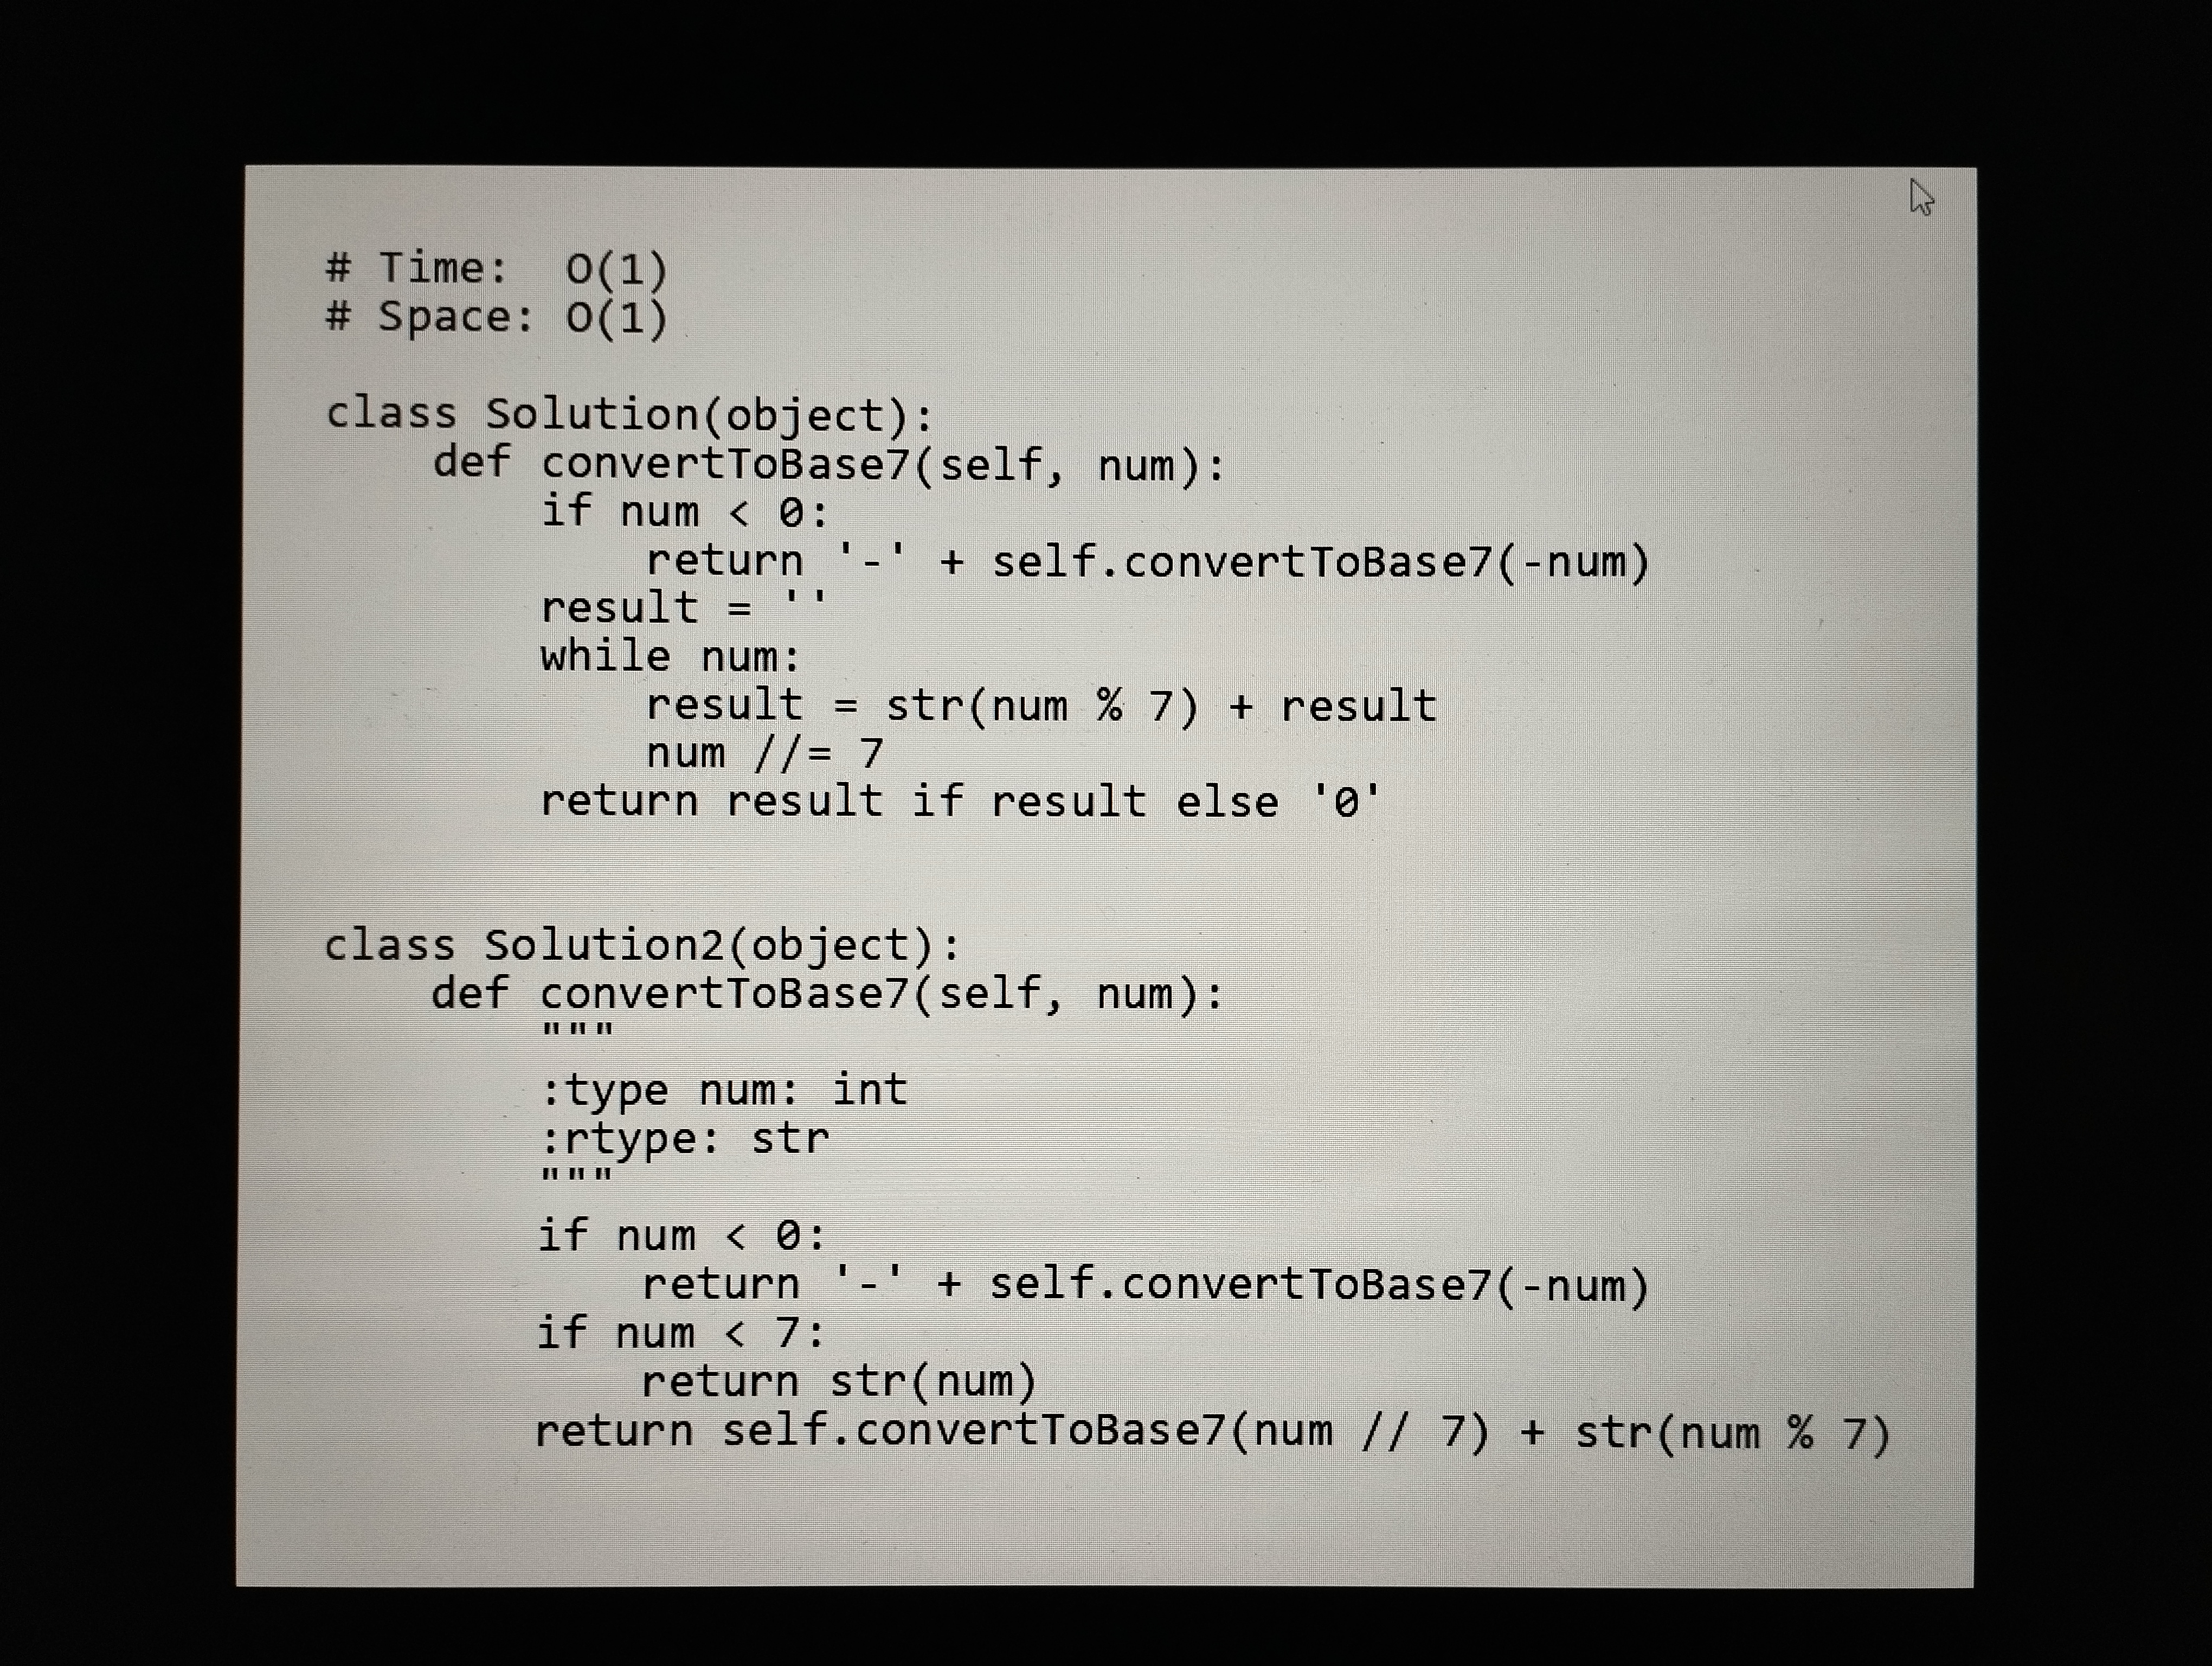
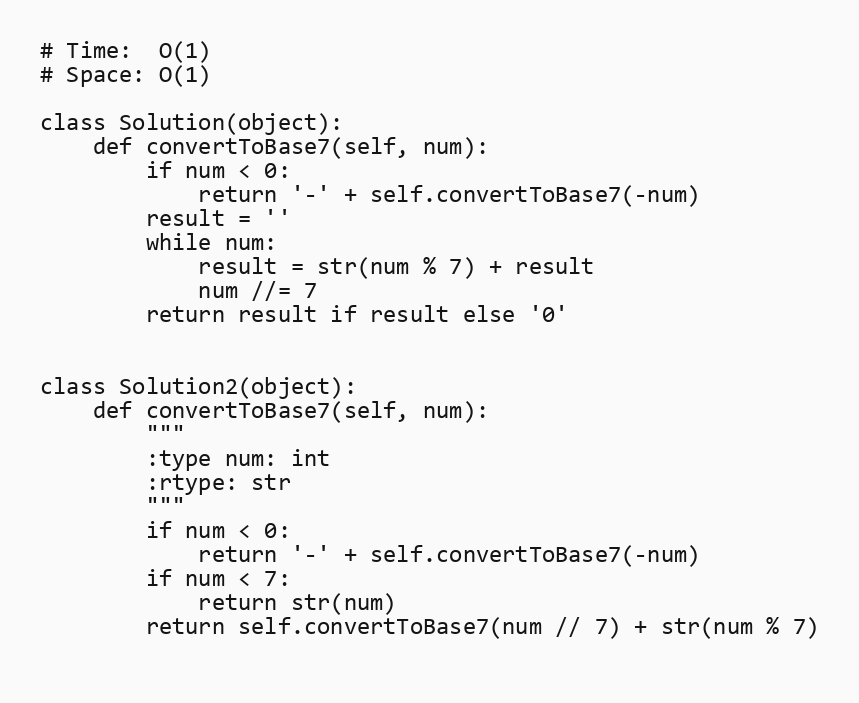
# Time:  O(1)
# Space: O(1)

class Solution(object):
    def convertToBase7(self, num):
        if num < 0:
            return '-' + self.convertToBase7(-num)
        result = ''
        while num:
            result = str(num % 7) + result
            num //= 7
        return result if result else '0'

class Solution2(object):
    def convertToBase7(self, num):
        """
        :type num: int
        :rtype: str
        """
        if num < 0:
            return '-' + self.convertToBase7(-num)
        if num < 7:
            return str(num)
        return self.convertToBase7(num // 7) + str(num % 7)